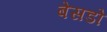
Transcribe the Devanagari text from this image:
बेसडो